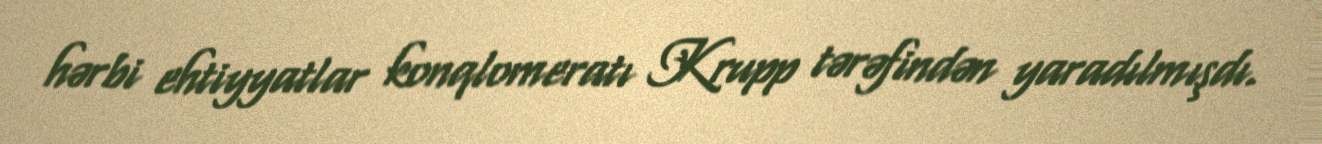
hərbi ehtiyyatlar konqlomeratı Krupp tərəfindən yaradılmışdı.